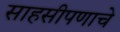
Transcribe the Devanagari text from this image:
साहसीपणाचे